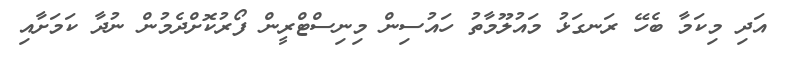
އަދި މިކަމާ ބެހޭ ރަނގަޅު މައުލޫމާތު ހައުސިން މިނިސްޓްރީން ފޯރުކޮށްދެމުން ނުދާ ކަމަށާއި